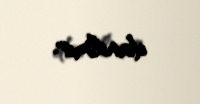
danılmır.